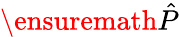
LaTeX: \ensuremath{\hat{P}}